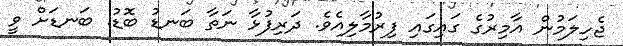
ޖެހިލަމުން އާމިރުގެ ގައިގައި ފިރުމާލިއެވެ. ދަރިފުޅާ ނަތާ ބަނޑު ބޮޑު. ބަނޑަށް ވީ